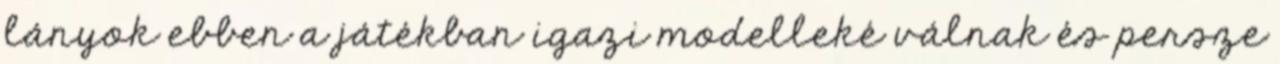
lányok ebben a játékban igazi modelleké válnak és persze